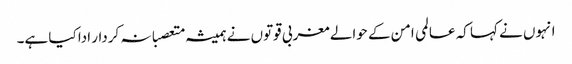
انہوں نے کہا کہ عالمی امن کے حوالے مغربی قوتوں نے ہمیشہ متعصبانہ کردار ادا کیا ہے۔